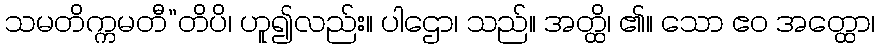
သမတိက္ကမတီ”တိပိ၊ ဟူ၍လည်း။ ပါဌော၊ သည်။ အတ္ထိ၊ ၏။ သော ဧဝ အတ္ထော၊